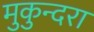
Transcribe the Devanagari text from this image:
मुकुन्दरा